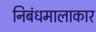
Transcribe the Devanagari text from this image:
निबंधमालाकार